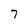
Character: 7